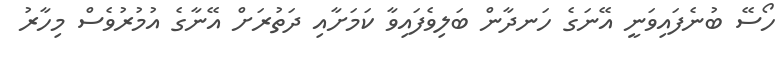
ހޯސޭ ބުނެފައިވަނީ އޭނަގެ ހަނދާން ބަލިވެފައިވާ ކަމަށާއި ދަތުރަށް އޭނާގެ އުމުރުވެސް މިހާރު